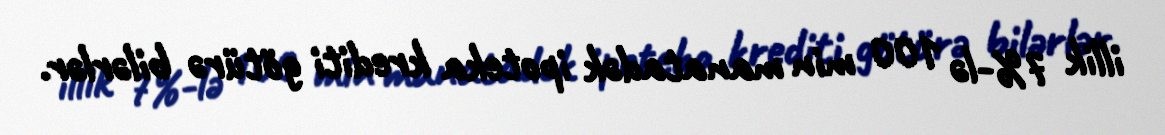
illik 7%-lə 100 min manatadək ipoteka krediti götürə bilərlər.